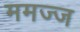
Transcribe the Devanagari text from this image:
ममज्ज